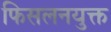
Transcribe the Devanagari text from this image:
फिसलनयुक्त